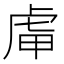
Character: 𧆥